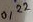
Text: 0,22